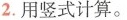
2.用竖式计算。